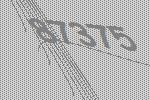
87375